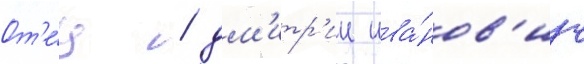
От'е́ц / дм'итр'ии ива́нов'ич